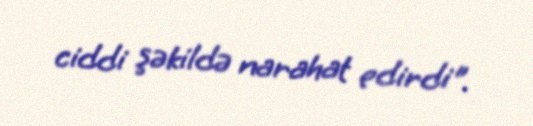
ciddi şəkildə narahat edirdi".